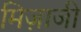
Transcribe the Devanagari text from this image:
मिज़ाजी